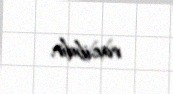
vacibdir.